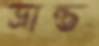
ভ্রান্ত